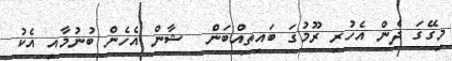
މިގޭގަ ދެން އެހުރި ރޫމުގަ ބައިތިއްބަން  ޝާން އެހެން ބުނުމާއި އެކު